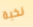
نخبة